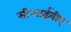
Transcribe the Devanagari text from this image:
सीआईबीए